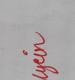
Signature authenticity: genuine